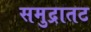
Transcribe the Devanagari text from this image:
समुद्रातट